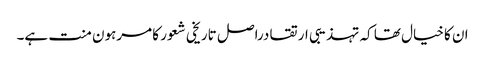
ان کا خیال تھا کہ تہذیبی ارتقا دراصل تاریخی شعور کا مرہون منت ہے۔